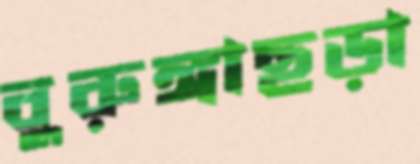
বুরুঙ্গাছড়া